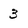
Character: 3